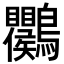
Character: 𪈱